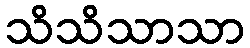
သိသိသာသာ